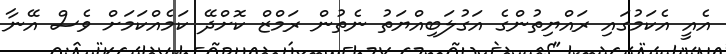
އެއީ އެކަމުގައި ރައްޔިތުންގެ އަގުލަބިއްޔަތު ނެތުން ރަމްޒް ކޮށްދޭ ކަމެއްކަމަށް ވެސް އޭނާ